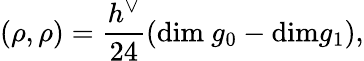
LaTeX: (\rho,\rho)=\frac{h^{\vee}}{24}(\mathrm{dim~}g_{0}-\mathrm{dim}g_{1}),